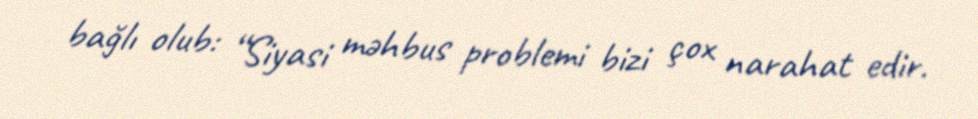
bağlı olub: “Siyasi məhbus problemi bizi çox narahat edir.